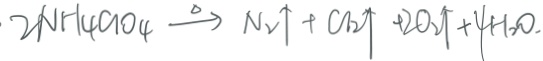
2 N H _ { 4 } a o _ { 4 } \xrightarrow { \Delta } N _ { 2 } \uparrow + C l _ { 2 } \uparrow + 2 O _ { 2 } \uparrow + 4 H _ { 2 } O .